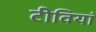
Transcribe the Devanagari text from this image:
टीवियां